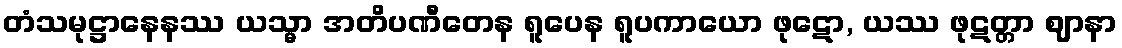
တံသမုဋ္ဌာနေနဿ ယသ္မာ အတိပဏီတေန ရူပေန ရူပကာယော ဖုဋော, ယဿ ဖုဋတ္တာ ဈာနာ